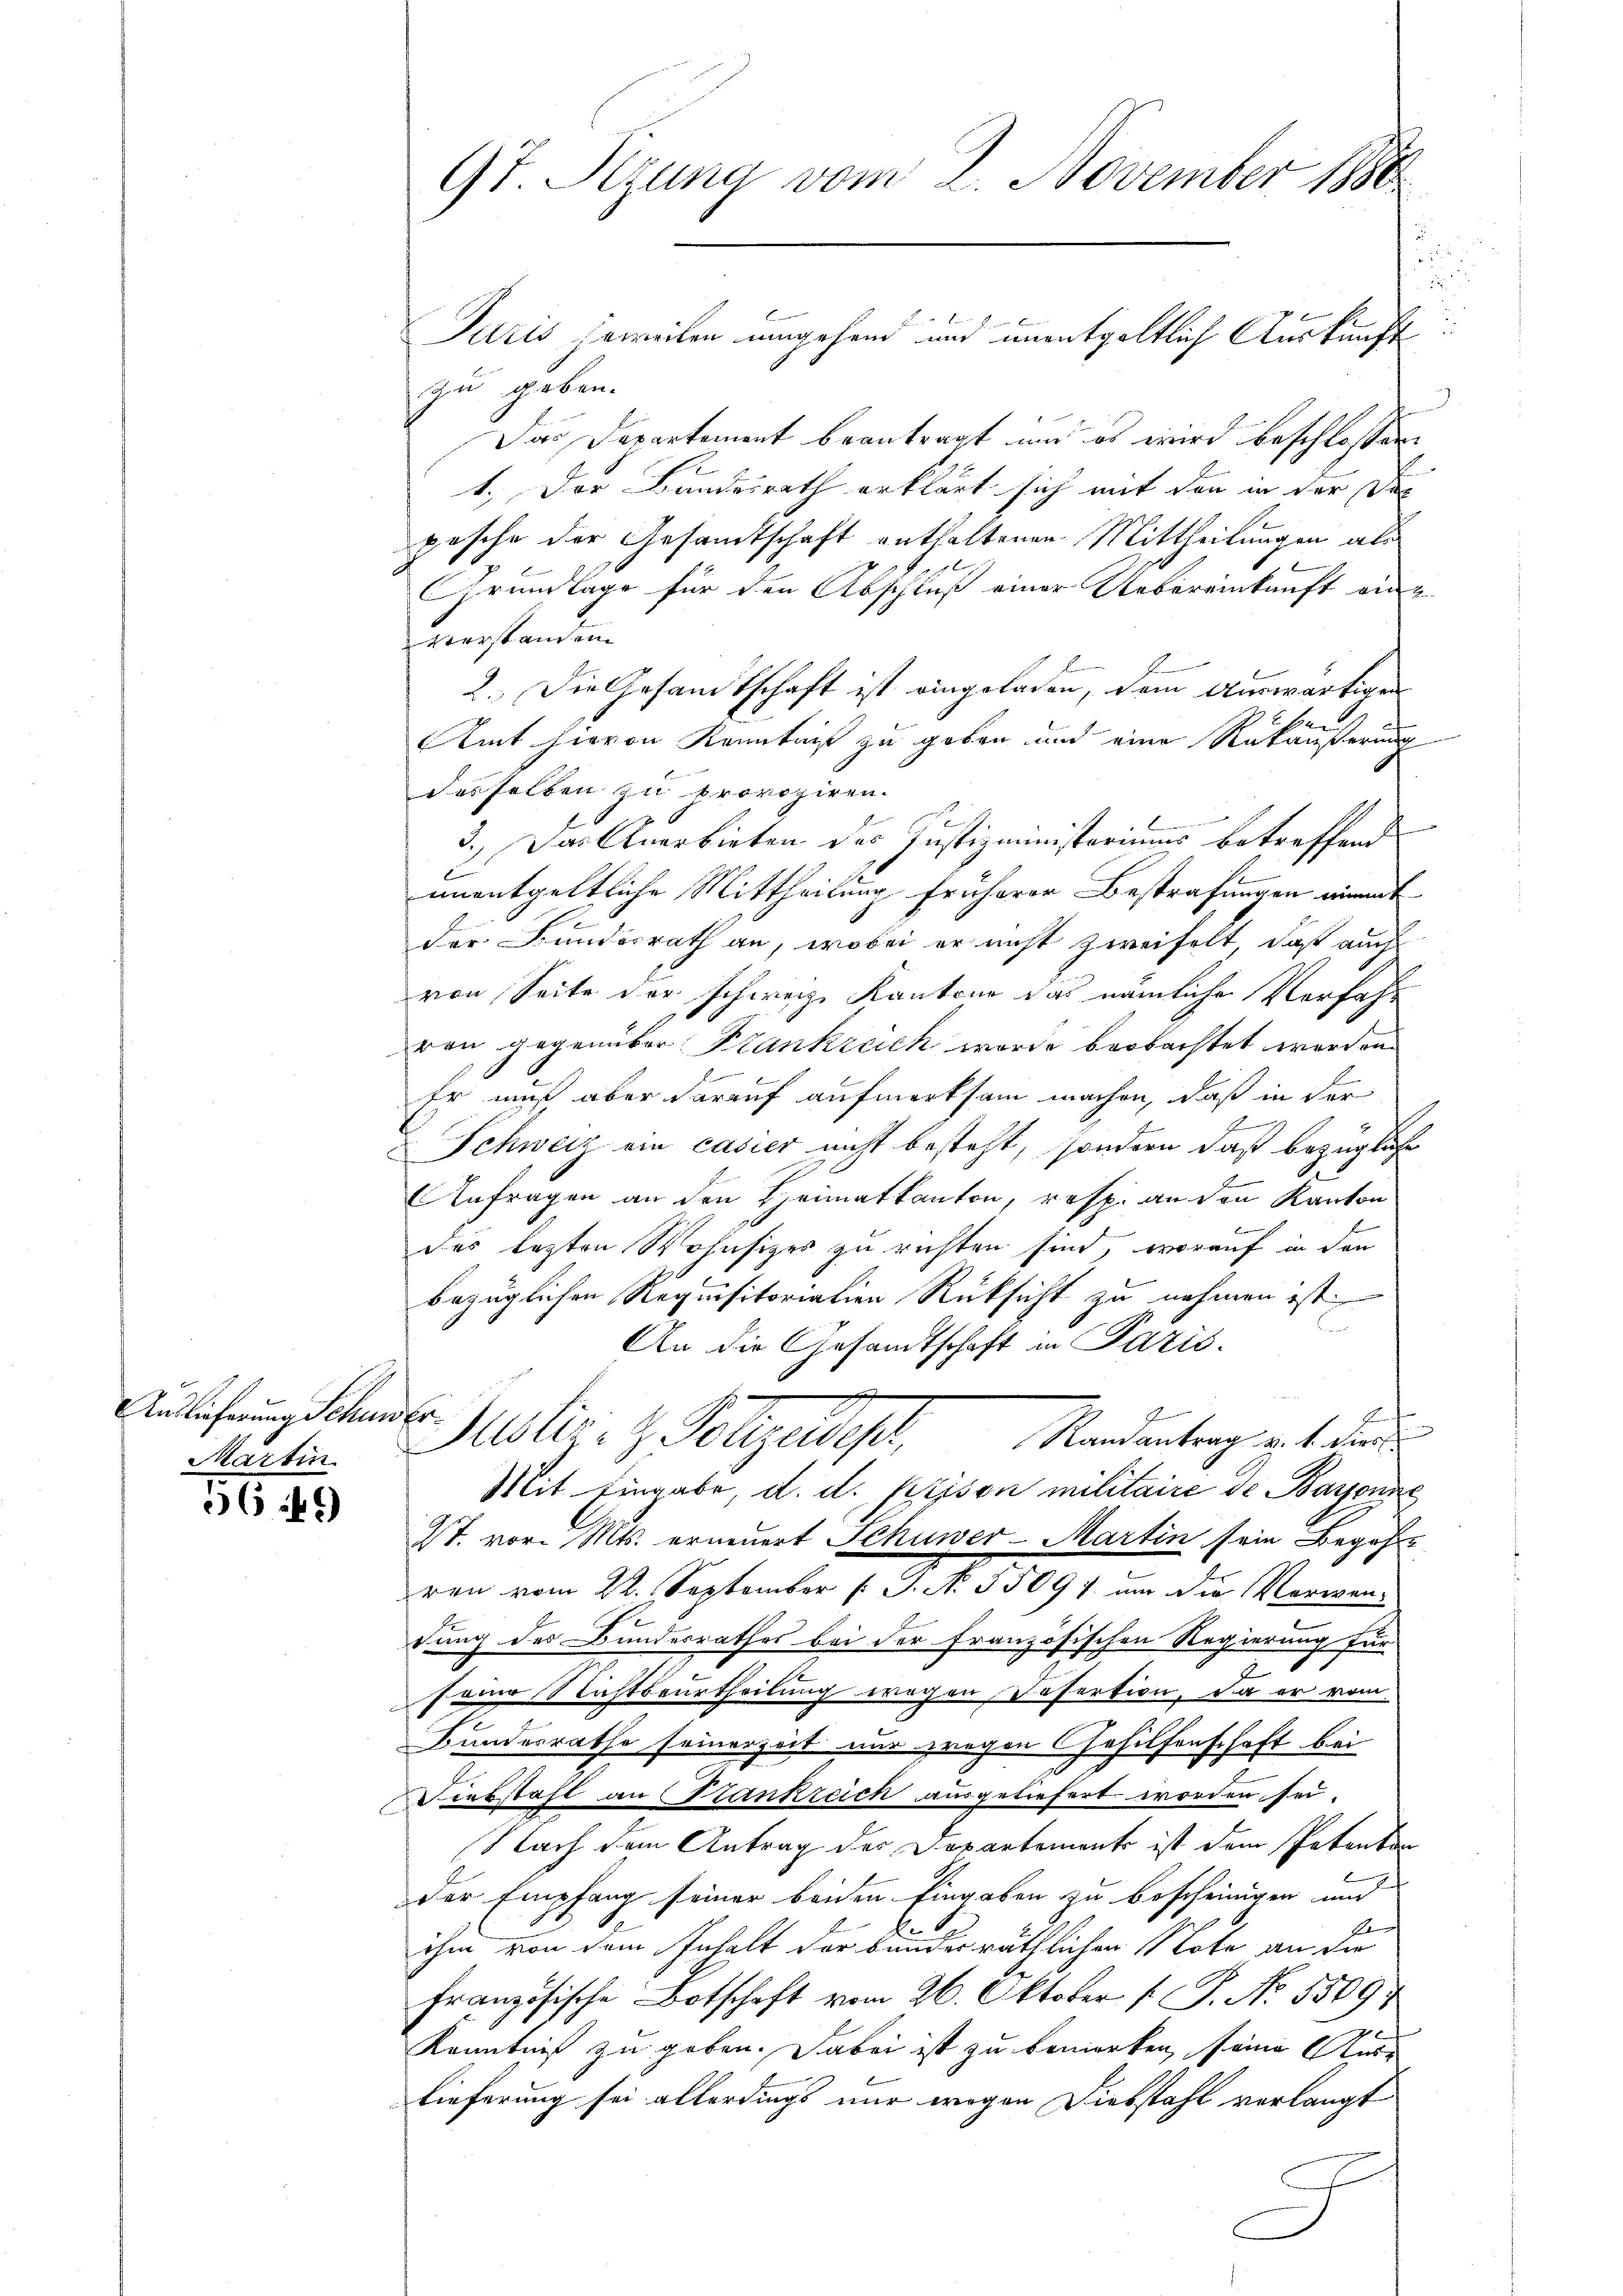
Auslieferung Schander
Martin.

56 f 5

u
Juris jeweilen umgehend und unentgeltlich Auskunft.
zu geben.
d
Das Departement beantragt und es wird beschlossen
e
1.) Der Bundesrath erklärt sich mit den in der Dec
posche der Gesandtschaft enthaltenen Mittheilungen als
C
Grundlage für den Abschluß einer Uebereinkunft ein
verstanden
2. Die Gesandtschaft ist eingeladen, dem Auswärtigen
Amt hievon Kenntniß zu geben und eine Rükäußerung
desselben zu provoziren.
3.) Das Anerbieten des Justizministeriums betreffend
unentgeltliche Mittheilung früherer Bestrafungen einmit
der Bundesrath an, wobei er nicht zweifelt, daß auch
von Seite der schwarze Kantone das nämliche Verfahr
ven gegenüber Plankreich wurde beobachtet worden.
Er muß aber darauf aufmerksam machen, daß in der
Schweiz ein casier nicht besteht, sondern daß bezügliche
Anfragen an den Heimatkanton, resp. an den Kanton
des lezten Wohnsizes zu richten sind, worauf in den
bezüglichen Requisitorialien Rücksicht zu nehmen ist.
ben
An die Gesandtschaft in Pazis¬
E
Meli- & Polizeidige
Randantrag v. 1. die
Mit Eingabe, d. d. Prison militaire de Baronne
St. vor. Mts. erneuert Schuwer-Martin sein Begehr
ren vom 22. September 1 S. N. 55097 um die Verwendung des Bundesrathes bei der französischen Regierung für
seine Nichtsurtheilung wegen Desertion, da er vom
Bundesrathe seinerzeit nur zwegen Gehilfenschaft bei
Verbstahl an Stankreich ausgeliefert worden sei.
Nach dem Antrag der Departement ist dem Petenten
Der Empfang seiner beiden Eingaben zu bescheinigen und
E
l
ihm von dem Inhalt der bander räthlichen Note an die
Französische Botschaft vom 26. Oktober [ P. No. 5509/
2 x
Kenntniß zu geben. Dabei ist zu bemerken, seine Anse
lieferung sei allerdings nur wegen Diebstahl verlangt

97. Sizung vom 2. November 1880
d